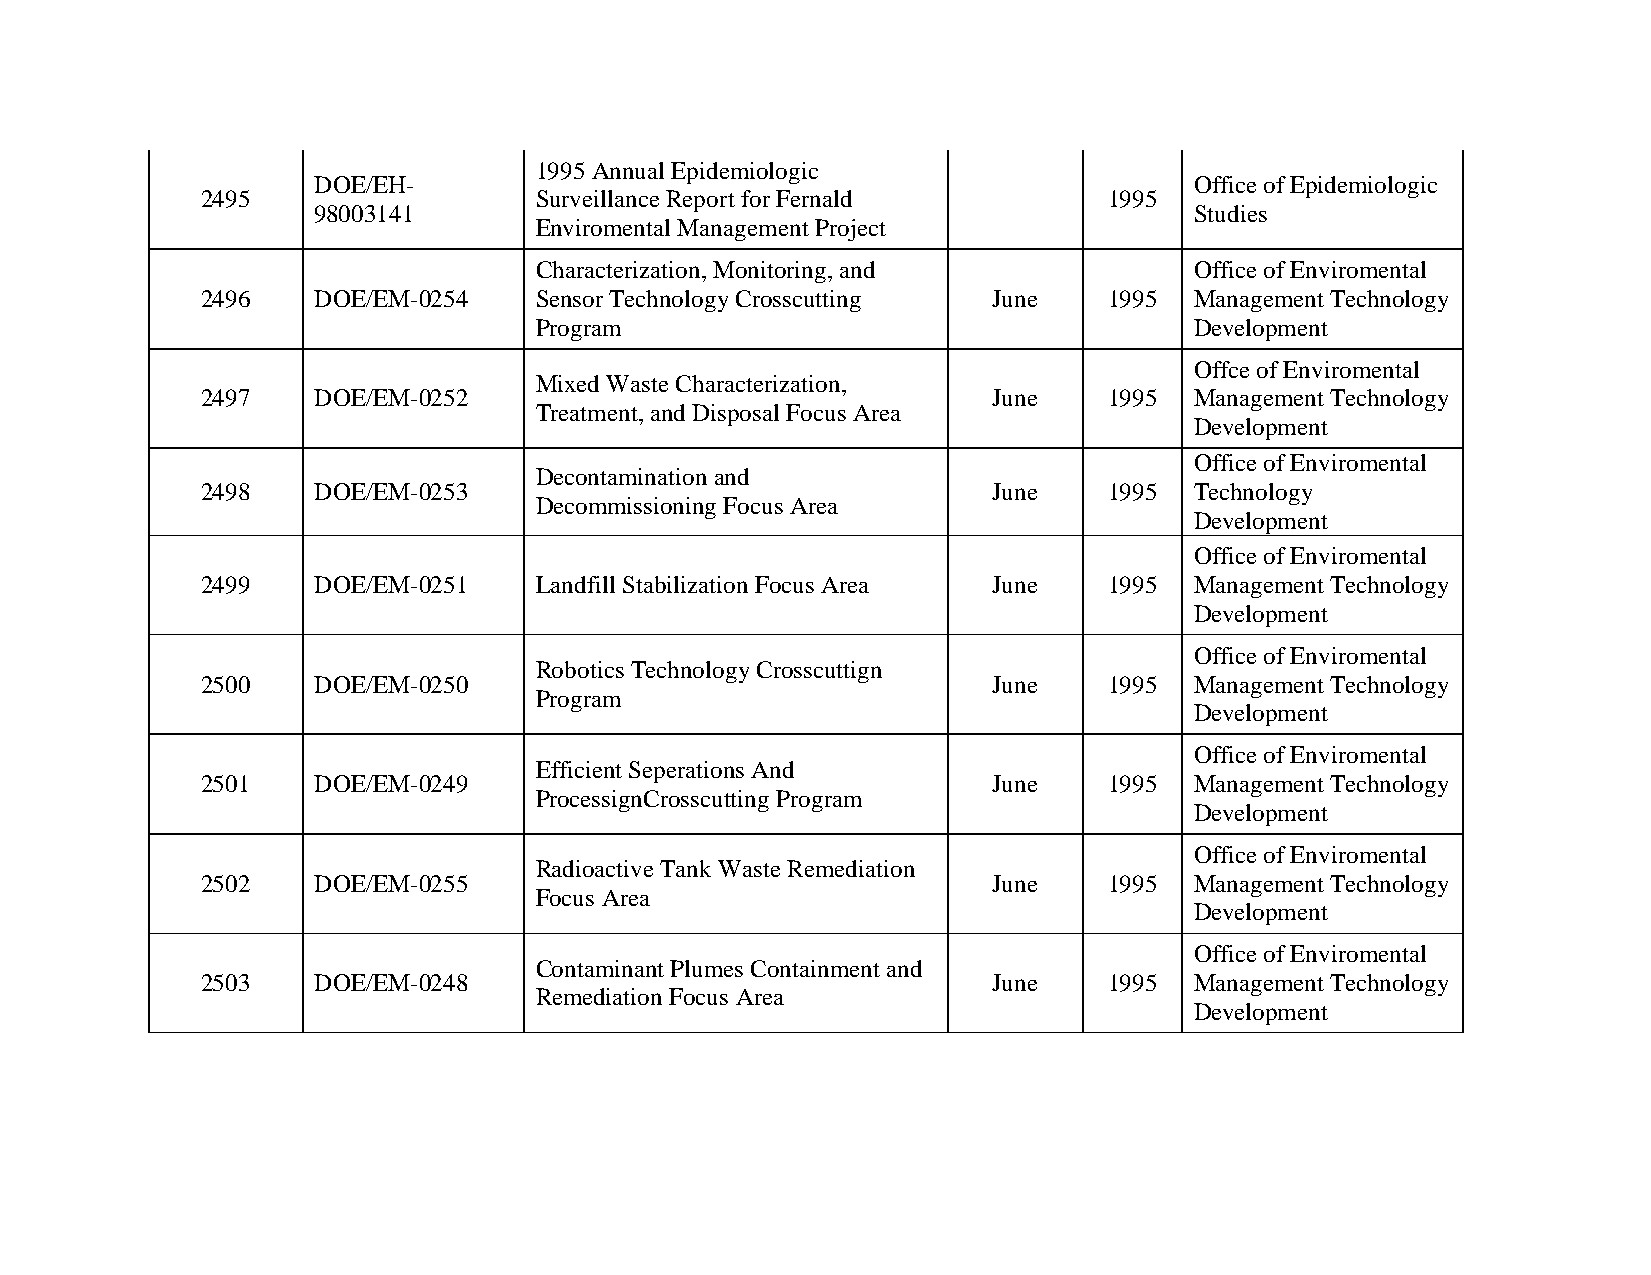
1995 Annual Epidemiologic
 DOE/EH-                                                   Office of Epidemiologic
 2495                  Surveillance Report for Fernald       1995
 98003141                                                  Studies
 Enviromental Management Project
 Characterization, Monitoring, and           Office of Enviromental
 2496    DOE/EM-0254   Sensor Technology Crosscutting June   1995  Management Technology
 Program                                     Development
 Offce of Enviromental
 Mixed Waste Characterization,
 2497    DOE/EM-0252                                  June   1995  Management Technology
 Treatment, and Disposal Focus Area
 Development
 Office of Enviromental
 Decontamination and
 2498    DOE/EM-0253                                  June   1995  Technology
 Decommissioning Focus Area
 Development
 Office of Enviromental
 2499    DOE/EM-0251   Landfill Stabilization Focus Area June 1995 Management Technology
 Development
 Office of Enviromental
 Robotics Technology Crosscuttign
 2500    DOE/EM-0250                                  June   1995  Management Technology
 Program
 Development
 Office of Enviromental
 Efficient Seperations And
 2501    DOE/EM-0249                                  June   1995  Management Technology
 ProcessignCrosscutting Program
 Development
 Office of Enviromental
 Radioactive Tank Waste Remediation
 2502    DOE/EM-0255                                  June   1995  Management Technology
 Focus Area
 Development
 Office of Enviromental
 Contaminant Plumes Containment and
 2503    DOE/EM-0248                                  June   1995  Management Technology
 Remediation Focus Area
 Development